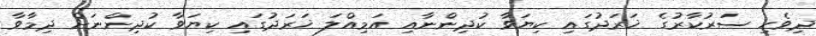
ދިވެހި ސަރުކާރުގެ ޚަރަދުގައި ކިޔަވާ ކުދިންނާއި އަމިއްލަ ޚަރަދުގައި ކިޔަވާ ކުދިންނަށް ދިމާވާ